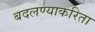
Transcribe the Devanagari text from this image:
बदलण्याकरिता